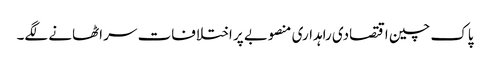
پاک چین اقتصادی راہداری منصوبے پر اختلافات سر اٹھانے لگے۔